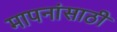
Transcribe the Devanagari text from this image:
मापनांसाठी